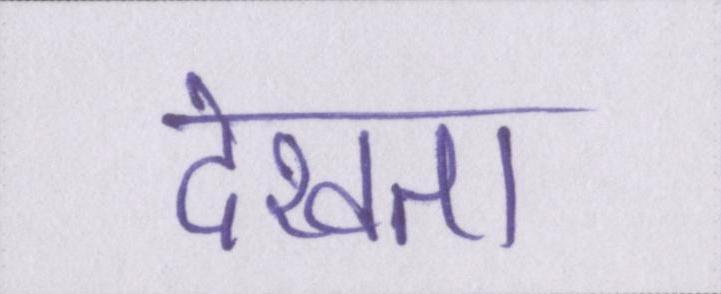
देखता